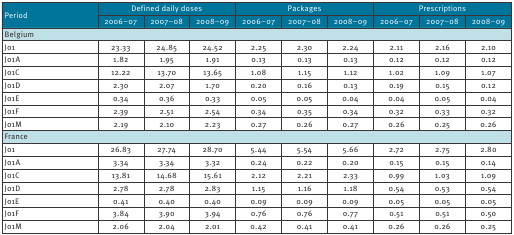
<table><thead><tr><td rowspan="2"><b>Period</b></td><td colspan="3"><b>Defined daily doses</b></td><td colspan="3"><b>Packages</b></td><td colspan="3"><b>Prescriptions</b></td></tr><tr><td><b>2006–07</b></td><td><b>2007–08</b></td><td><b>2008–09</b></td><td><b>2006–07</b></td><td><b>2007–08</b></td><td><b>2008–09</b></td><td><b>2006–07</b></td><td><b>2007–08</b></td><td><b>2008–09</b></td></tr></thead><tbody><tr><td colspan="10"><b>Belgium</b></td></tr><tr><td>J01</td><td>23.33</td><td>24.85</td><td>24.52</td><td>2.25</td><td>2.30</td><td>2.24</td><td>2.11</td><td>2.16</td><td>2.10</td></tr><tr><td>J01A</td><td>1.82</td><td>1.95</td><td>1.91</td><td>0.13</td><td>0.13</td><td>0.13</td><td>0.12</td><td>0.12</td><td>0.12</td></tr><tr><td>J01C</td><td>12.22</td><td>13.70</td><td>13.65</td><td>1.08</td><td>1.15</td><td>1.12</td><td>1.02</td><td>1.09</td><td>1.07</td></tr><tr><td>J01D</td><td>2.30</td><td>2.07</td><td>1.70</td><td>0.20</td><td>0.16</td><td>0.13</td><td>0.19</td><td>0.15</td><td>0.12</td></tr><tr><td>J01E</td><td>0.34</td><td>0.36</td><td>0.33</td><td>0.05</td><td>0.05</td><td>0.04</td><td>0.04</td><td>0.05</td><td>0.04</td></tr><tr><td>J01F</td><td>2.39</td><td>2.51</td><td>2.54</td><td>0.34</td><td>0.35</td><td>0.34</td><td>0.32</td><td>0.33</td><td>0.32</td></tr><tr><td>J01M</td><td>2.19</td><td>2.10</td><td>2.23</td><td>0.27</td><td>0.26</td><td>0.27</td><td>0.26</td><td>0.25</td><td>0.26</td></tr><tr><td colspan="10"><b>France</b></td></tr><tr><td>J01</td><td>26.83</td><td>27.74</td><td>28.70</td><td>5.44</td><td>5.54</td><td>5.66</td><td>2.72</td><td>2.75</td><td>2.80</td></tr><tr><td>J01A</td><td>3.34</td><td>3.34</td><td>3.32</td><td>0.24</td><td>0.22</td><td>0.20</td><td>0.15</td><td>0.15</td><td>0.14</td></tr><tr><td>J01C</td><td>13.81</td><td>14.68</td><td>15.61</td><td>2.12</td><td>2.21</td><td>2.33</td><td>0.99</td><td>1.03</td><td>1.09</td></tr><tr><td>J01D</td><td>2.78</td><td>2.78</td><td>2.83</td><td>1.15</td><td>1.16</td><td>1.18</td><td>0.54</td><td>0.53</td><td>0.54</td></tr><tr><td>J01E</td><td>0.41</td><td>0.40</td><td>0.40</td><td>0.09</td><td>0.09</td><td>0.09</td><td>0.05</td><td>0.05</td><td>0.05</td></tr><tr><td>J01F</td><td>3.84</td><td>3.90</td><td>3.94</td><td>0.76</td><td>0.76</td><td>0.77</td><td>0.51</td><td>0.51</td><td>0.50</td></tr><tr><td>J01M</td><td>2.06</td><td>2.04</td><td>2.01</td><td>0.42</td><td>0.41</td><td>0.41</td><td>0.26</td><td>0.26</td><td>0.25</td></tr></tbody></table>